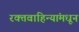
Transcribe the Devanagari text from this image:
रक्तवाहिन्यांमधून